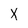
Character: X